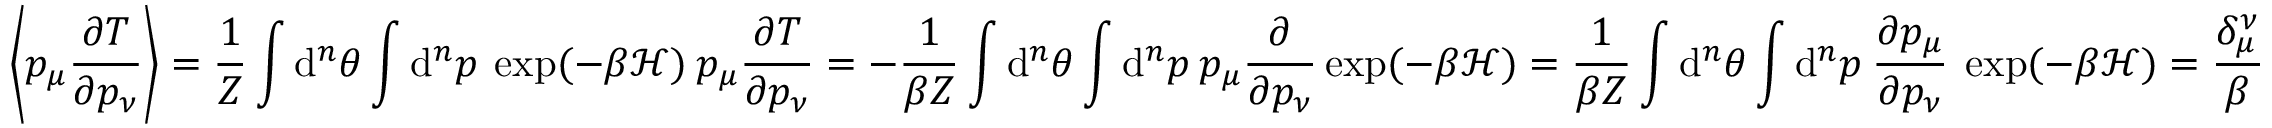
\left\langle p _ { \mu } \frac { \partial T } { \partial p _ { \nu } } \right\rangle = \frac { 1 } { Z } \int \mathrm { d } ^ { n } \theta \int \mathrm { d } ^ { n } p \: \exp ( - \beta \mathcal { H } ) \: p _ { \mu } \frac { \partial T } { \partial p _ { \nu } } = - \frac { 1 } { \beta Z } \int \mathrm { d } ^ { n } \theta \int \mathrm { d } ^ { n } p \: p _ { \mu } \frac { \partial } { \partial p _ { \nu } } \exp ( - \beta \mathcal { H } ) = \frac { 1 } { \beta Z } \int \mathrm { d } ^ { n } \theta \int \mathrm { d } ^ { n } p \: \frac { \partial p _ { \mu } } { \partial p _ { \nu } } \: \exp ( - \beta \mathcal { H } ) = \frac { \delta _ { \mu } ^ { \nu } } { \beta }